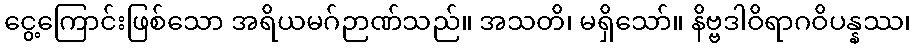
ငွေ့ကြောင်းဖြစ်သော အရိယမဂ်ဉာဏ်သည်။ အသတိ၊ မရှိသော်။ နိဗ္ဗဒါဝိရာဂဝိပန္နဿ၊